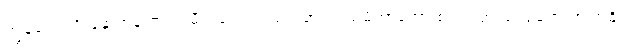
ကျွန်တော့် ဦးနှောက်နဲ့ ဉာဏ် မီသလောက် စဉ်းစားကြည့်မိတာတော့ စက်ရုံ အလုပ်ရုံတွေဟာ အဓိက